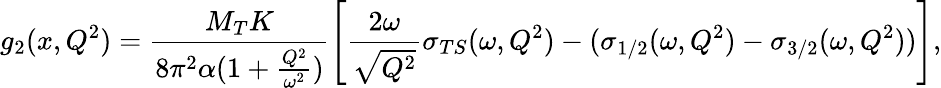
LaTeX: g_{2}(x,Q^{2})=\frac{M_{T}K}{8\pi^{2}\alpha(1+\frac{Q^{2}}{\omega^{2}})}\left[\frac{2\omega}{\sqrt{Q^{2}}}\sigma_{TS}(\omega,Q^{2})-(\sigma_{1/2}(\omega,Q^{2})-\sigma_{3/2}(\omega,Q^{2}))\right],